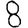
Digit: 8